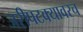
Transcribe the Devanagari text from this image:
जरीपटक्यावरच